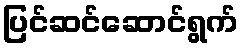
ပြင်ဆင်ဆောင်ရွက်